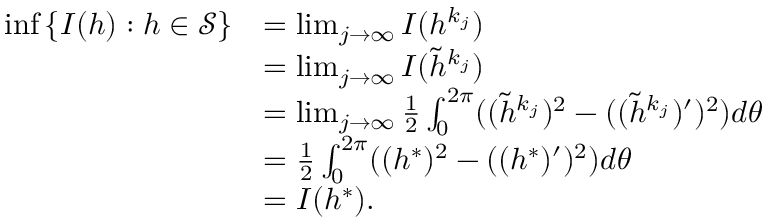
\begin{array} { r l } { \operatorname* { i n f } \left\{ I ( h ) : h \in \mathcal { S } \right\} } & { = \operatorname* { l i m } _ { j \rightarrow \infty } I ( h ^ { k _ { j } } ) } \\ & { = \operatorname* { l i m } _ { j \rightarrow \infty } I ( \tilde { h } ^ { k _ { j } } ) } \\ & { = \operatorname* { l i m } _ { j \rightarrow \infty } \frac { 1 } { 2 } \int _ { 0 } ^ { 2 \pi } ( ( \tilde { h } ^ { k _ { j } } ) ^ { 2 } - ( ( \tilde { h } ^ { k _ { j } } ) ^ { \prime } ) ^ { 2 } ) d \theta } \\ & { = \frac { 1 } { 2 } \int _ { 0 } ^ { 2 \pi } ( ( h ^ { * } ) ^ { 2 } - ( ( h ^ { * } ) ^ { \prime } ) ^ { 2 } ) d \theta } \\ & { = I ( h ^ { * } ) . } \end{array}